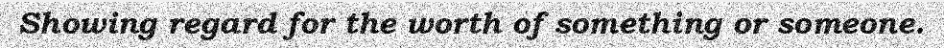
Showing regard for the worth of something or someone.